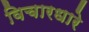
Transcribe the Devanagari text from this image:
विचारधारे